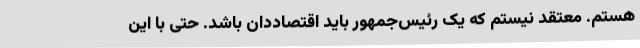
هستم. معتقد نیستم که یک رئیس‌جمهور باید اقتصاددان باشد. حتی با این